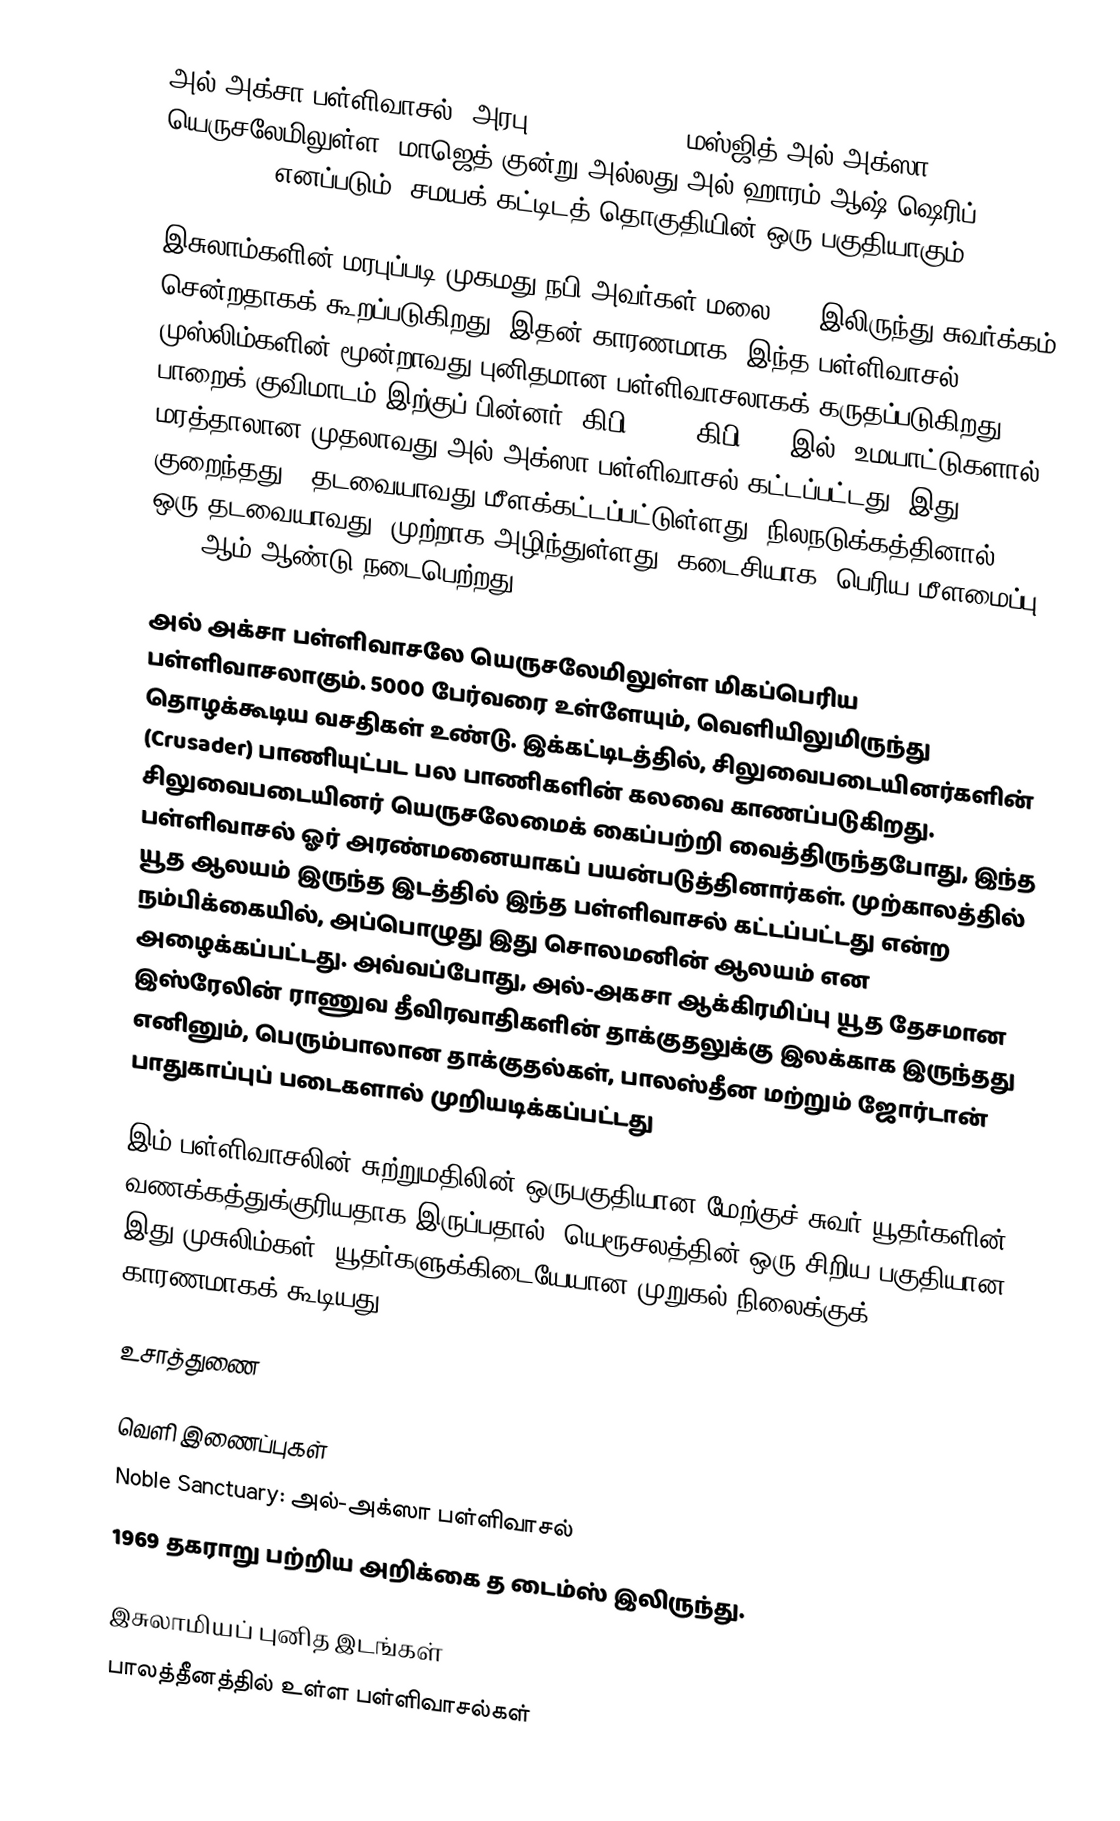
அல் அக்சா பள்ளிவாசல் (அரபு:المسجد الاقصى, மஸ்ஜித் அல்-அக்ஸா) யெருசலேமிலுள்ள, மாஜெத் குன்று அல்லது அல்-ஹாரம் ஆஷ்-ஷெரிப் (Noble Sanctuary) எனப்படும், சமயக் கட்டிடத் தொகுதியின் ஒரு பகுதியாகும்.

இசுலாம்களின் மரபுப்படி முகமது நபி அவர்கள் மலை 621 இலிருந்து சுவர்க்கம் சென்றதாகக் கூறப்படுகிறது. இதன் காரணமாக, இந்த பள்ளிவாசல் முஸ்லிம்களின் மூன்றாவது புனிதமான பள்ளிவாசலாகக் கருதப்படுகிறது. பாறைக் குவிமாடம் இற்குப் பின்னர் (கிபி 690), கிபி 710 இல், உமயாட்டுகளால் மரத்தாலான முதலாவது அல் அக்ஸா பள்ளிவாசல் கட்டப்பட்டது. இது குறைந்தது 5 தடவையாவது மீளக்கட்டப்பட்டுள்ளது. நிலநடுக்கத்தினால், ஒரு தடவையாவது, முற்றாக அழிந்துள்ளது. கடைசியாக, பெரிய மீளமைப்பு 1035 ஆம் ஆண்டு நடைபெற்றது.

அல் அக்சா பள்ளிவாசலே யெருசலேமிலுள்ள மிகப்பெரிய பள்ளிவாசலாகும். 5000 பேர்வரை உள்ளேயும், வெளியிலுமிருந்து தொழக்கூடிய வசதிகள் உண்டு. இக்கட்டிடத்தில், சிலுவைபடையினர்களின் (Crusader) பாணியுட்பட பல பாணிகளின் கலவை காணப்படுகிறது. சிலுவைபடையினர் யெருசலேமைக் கைப்பற்றி வைத்திருந்தபோது, இந்த பள்ளிவாசல் ஓர் அரண்மனையாகப் பயன்படுத்தினார்கள். முற்காலத்தில் யூத ஆலயம் இருந்த இடத்தில் இந்த பள்ளிவாசல் கட்டப்பட்டது என்ற நம்பிக்கையில், அப்பொழுது இது சொலமனின் ஆலயம் என அழைக்கப்பட்டது. அவ்வப்போது, அல்-அகசா ஆக்கிரமிப்பு யூத தேசமான இஸ்ரேலின் ராணுவ தீவிரவாதிகளின் தாக்குதலுக்கு இலக்காக இருந்தது எனினும், பெரும்பாலான தாக்குதல்கள், பாலஸ்தீன மற்றும் ஜோர்டான் பாதுகாப்புப் படைகளால் முறியடிக்கப்பட்டது

இம் பள்ளிவாசலின் சுற்றுமதிலின் ஒருபகுதியான மேற்குச் சுவர் யூதர்களின் வணக்கத்துக்குரியதாக இருப்பதால், யெரூசலத்தின் ஒரு சிறிய பகுதியான இது முசுலிம்கள், யூதர்களுக்கிடையேயான முறுகல் நிலைக்குக் காரணமாகக் கூடியது.

உசாத்துணை

வெளி இணைப்புகள்
 Noble Sanctuary: அல்-அக்ஸா பள்ளிவாசல்
 1969 தகராறு பற்றிய அறிக்கை  த டைம்ஸ் இலிருந்து.

இசுலாமியப் புனித இடங்கள்
பாலத்தீனத்தில் உள்ள பள்ளிவாசல்கள்